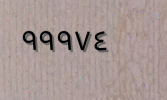
٩٩٩٧٤